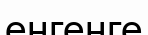
енгенге